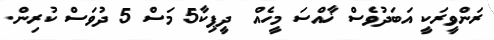
ރަންވީރަކީ އަބަދުވެސް ޚާއްސަ މީހެއް  ދީޕިކާ5 މަސް 5 ދުވަސް ކުރިން.